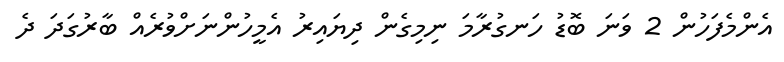
އެންމެފަހުން 2 ވަނަ ބޮޑު ހަނގުރާމަ ނިމިގެން ދިޔައިރު އެމީހުންނަށްވުރެއް ބާރުގަދަ ދެ